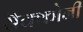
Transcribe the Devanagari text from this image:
सैक्कोनी